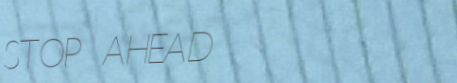
STOP AHEAD